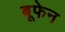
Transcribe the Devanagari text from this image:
बूफेन